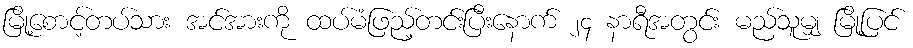
မြို့စောင့်တပ်သား အင်အားကို ထပ်မံဖြည့်တင်းပြီးနောက် ၂၄ နာရီအတွင်း မည်သူမျှ မြို့ပြင်